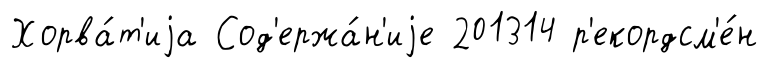
Хорва́т'иjа Сод'ержа́н'иjе 201314 р'екордсм'е́н